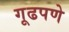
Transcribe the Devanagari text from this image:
गूढपणे